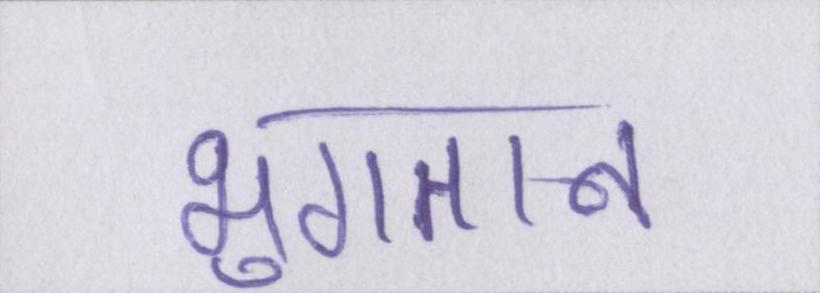
भुगतान